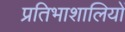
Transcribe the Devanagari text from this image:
प्रतिभाशालियों